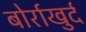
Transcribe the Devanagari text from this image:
बोर्राखुर्द